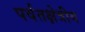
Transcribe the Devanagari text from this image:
पर्वतक्षेत्रीय